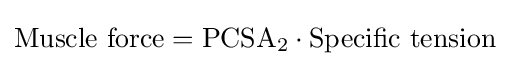
{\text{Muscle force}}={\text{PCSA}}_{2}\cdot {\text{Specific tension}}